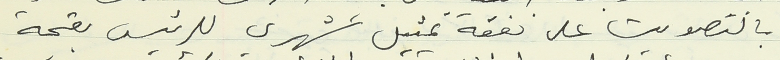
بالتصويت على نفقة تمثيل شهري للرئيس بقيمة